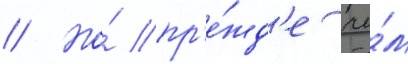
// Но́ пр'е́жд'е че́м